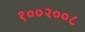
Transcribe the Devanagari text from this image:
१००२००८